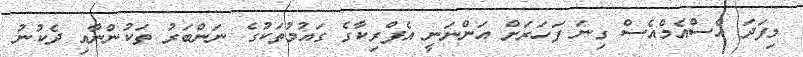
މިފަދަ އެސްއެމްއެސް ގިނަ ފަހަރަށް އަންނަނީ އެފްރިކާގެ ގައުމުތަކުގެ ނަންބަރު ތަކުންނާއި ދެކުނު